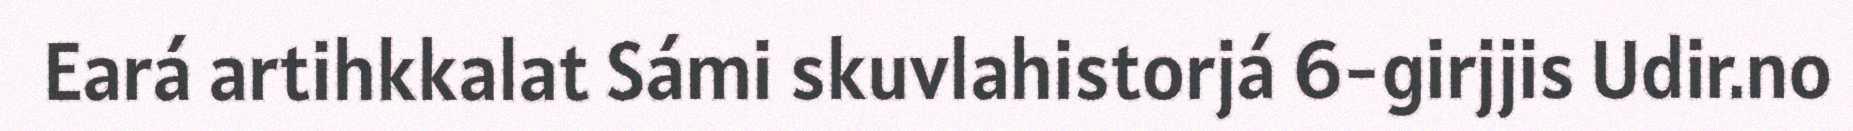
Eará artihkkalat Sámi skuvlahistorjá 6-girjjis Udir.no